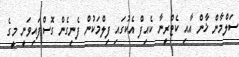
ސަލްމާން ޚާން އާއިި ކެޓްރީނާ ކެއިފް އެކުގައި ފިލްމަކުން ފެނިގެން ގޮސްފައިވަނީ މީގެ